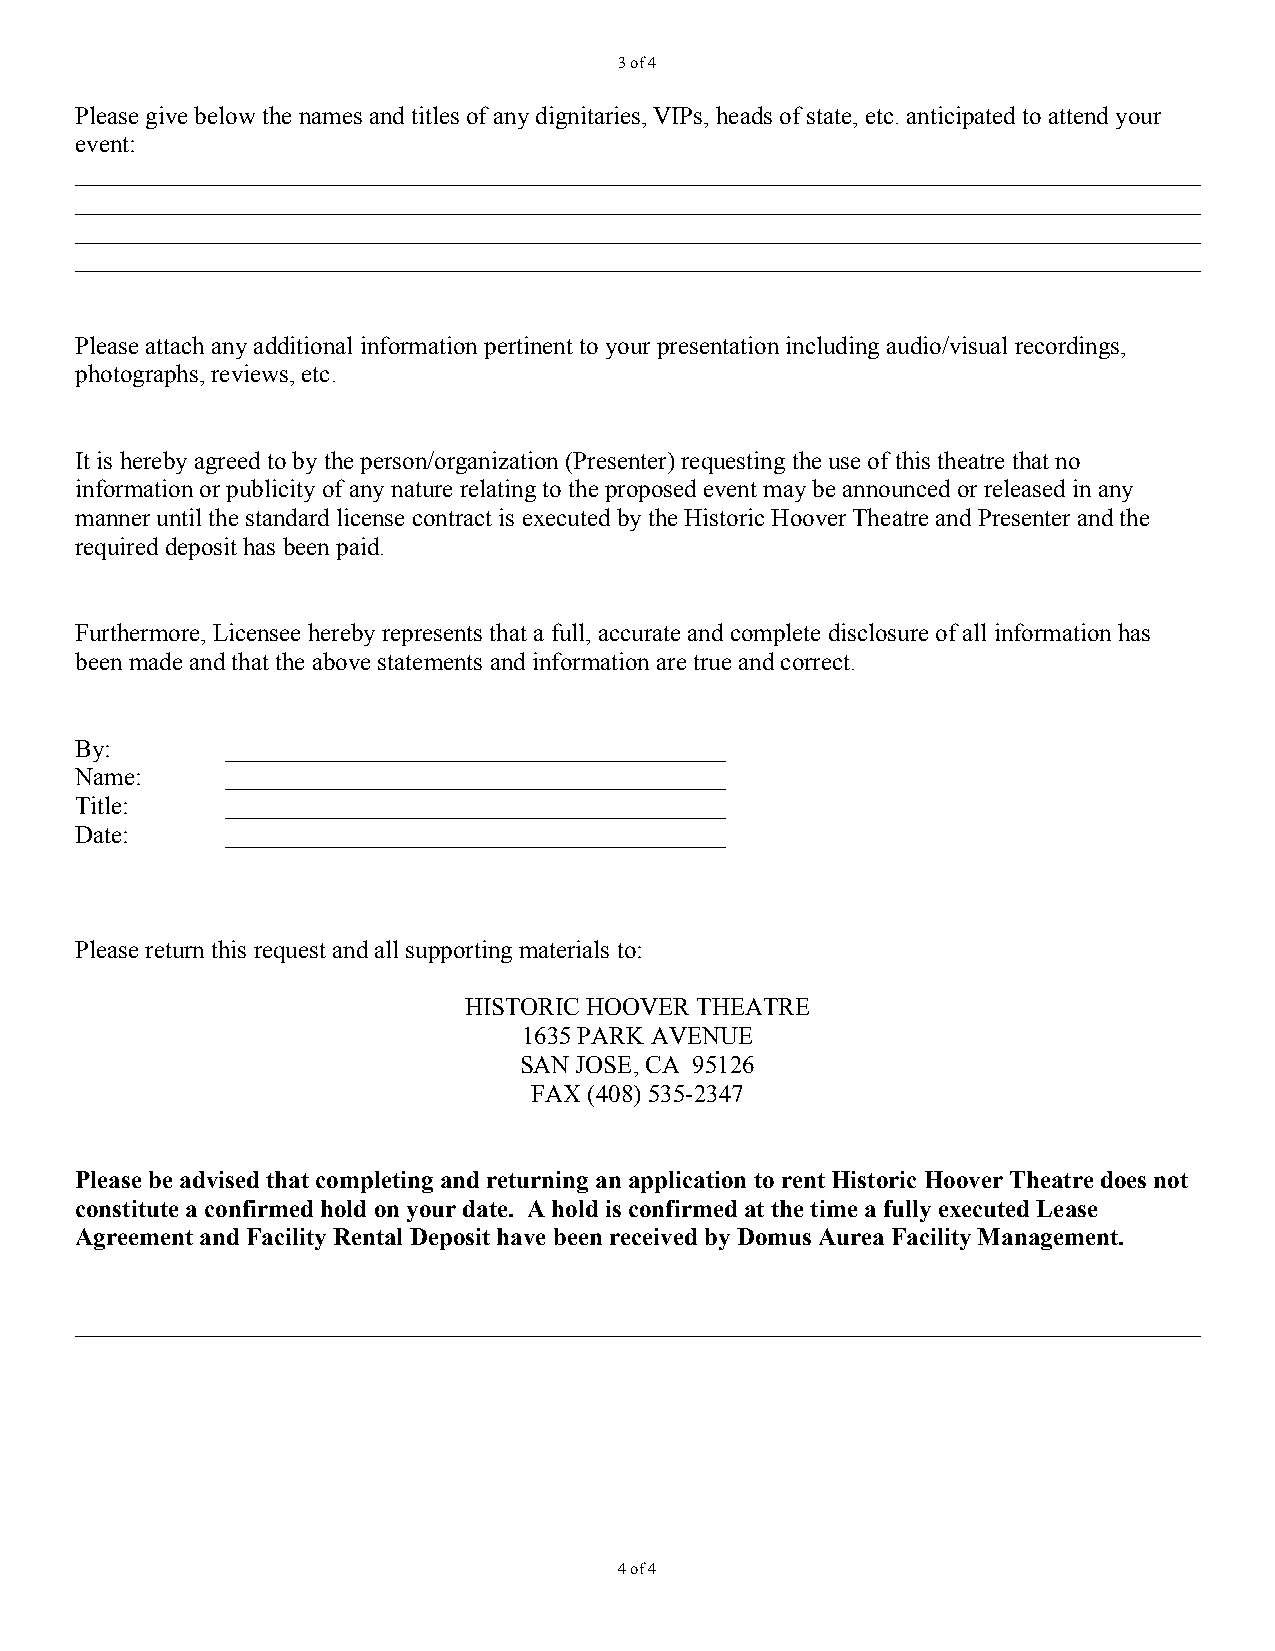
3 of 4
 Please give below the names and titles of any dignitaries, VIPs, heads of state, etc. anticipated to attend your
 event:
 __________________________________________________________________________________________
 __________________________________________________________________________________________
 __________________________________________________________________________________________
 __________________________________________________________________________________________
 Please attach any additional information pertinent to your presentation including audio/visual recordings,
 photographs, reviews, etc.
 It is hereby agreed to by the person/organization (Presenter) requesting the use of this theatre that no
 information or publicity of any nature relating to the proposed event may be announced or released in any
 manner until the standard license contract is executed by the Historic Hoover Theatre and Presenter and the
 required deposit has been paid.
 Furthermore, Licensee hereby represents that a full, accurate and complete disclosure of all information has
 been made and that the above statements and information are true and correct.
 By:       ________________________________________
 Name:     ________________________________________
 Title:    ________________________________________
 Date:     ________________________________________
 Please return this request and all supporting materials to:
 HISTORIC HOOVER THEATRE
 1635 PARK AVENUE
 SAN JOSE, CA 95126
 FAX (408) 535-2347
 Please be advised that completing and returning an application to rent Historic Hoover Theatre does not
 constitute a confirmed hold on your date. A hold is confirmed at the time a fully executed Lease
 Agreement and Facility Rental Deposit have been received by Domus Aurea Facility Management.
 __________________________________________________________________________________________
 4 of 4